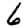
Digit: 6